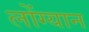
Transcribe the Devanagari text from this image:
लोंग्यान